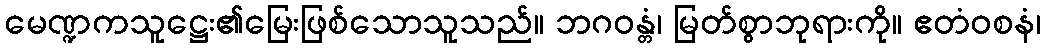
မေဏ္ဍကသူဋ္ဌေး၏မြေးဖြစ်သောသူသည်။ ဘဂဝန္တံ၊ မြတ်စွာဘုရားကို။ ဧတံဝစနံ၊